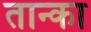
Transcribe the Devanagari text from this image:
तान्का